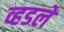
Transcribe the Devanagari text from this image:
व्हडलें